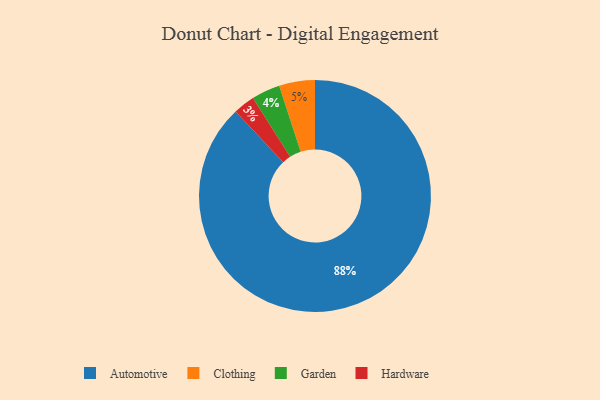
{"axis": {"x": "Category", "y": "Percentage"}, "legend": ["Automotive", "Clothing", "Garden", "Hardware"], "data": [{"x": "Hardware", "y": 3, "type": "Hardware"}, {"x": "Garden", "y": 4, "type": "Garden"}, {"x": "Clothing", "y": 5, "type": "Clothing"}, {"x": "Automotive", "y": 88, "type": "Automotive"}]}